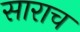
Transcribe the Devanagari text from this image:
साराच